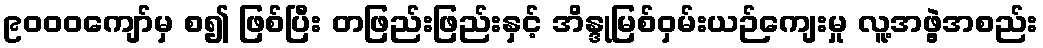
၉၀၀၀ကျော်မှ စ၍ ဖြစ်ပြီး တဖြည်းဖြည်းနှင့် အိန္ဒုမြစ်ဝှမ်းယဉ်ကျေးမှု လူ့အဖွဲ့အစည်း